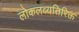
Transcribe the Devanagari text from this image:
लोकलव्यतिरिक्त